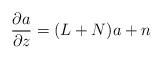
LaTeX: \begin{align*} \frac{\partial a}{\partial z} & = (L+N)a + n \end{align*}